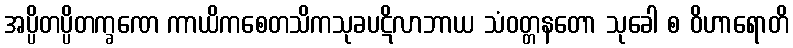
အပ္ပိတပ္ပိတက္ခဏေ ကာယိကစေတသိကသုခပဋိလာဘာယ သံဝတ္တနတော သုခေါ စ ဝိဟာရောတိ